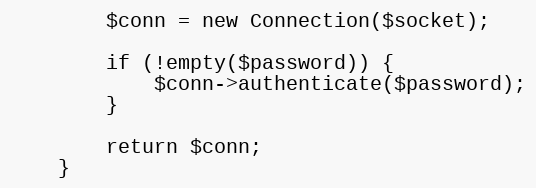
Language: PHP
        $conn = new Connection($socket);

        if (!empty($password)) {
            $conn->authenticate($password);
        }

        return $conn;
    }